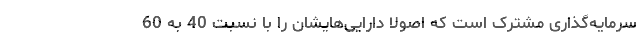
سرمایه‌گذاری مشترک است که اصولا دارایی‌هایشان را با نسبت 40 به 60